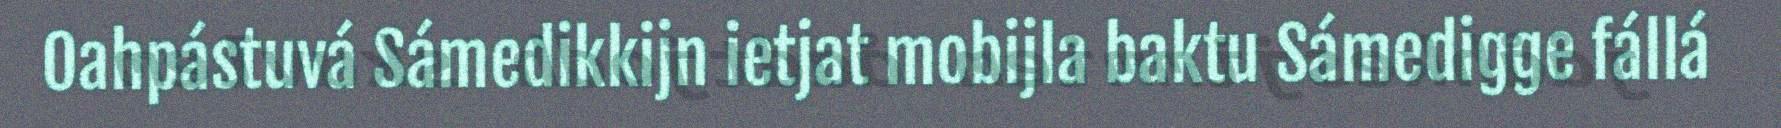
Oahpástuvá Sámedikkijn ietjat mobijla baktu Sámedigge fállá